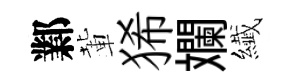
鄴輩狶斕纎